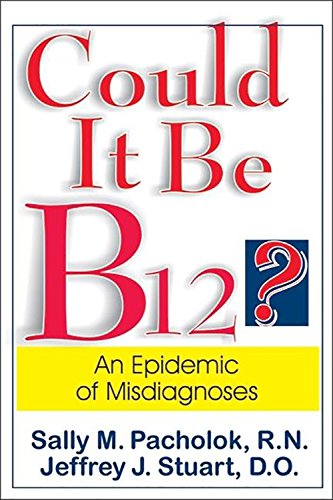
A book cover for Could It Be B12?: An Epidemic of Misdiagnoses; Sally M. Pacholok; Health, Fitness & Dieting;